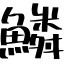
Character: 鱗